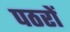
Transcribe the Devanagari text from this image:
पठरों